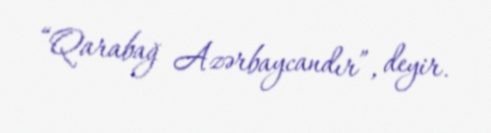
“Qarabağ Azərbaycandır”, deyir.